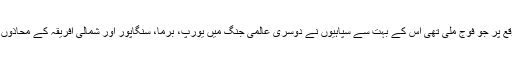
ہمیں آزادی کے موقع پر جو فوج ملی تھی اس کے بہت سے سپاہیوں نے دوسری عالمی جنگ میں یورپ، برما، سنگاپور اور شمالی افریقہ کے محاذوں پر جنگ لڑی تھی۔